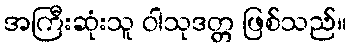
အကြီးဆုံးသူ ဝါသုဒတ္တ ဖြစ်သည်။